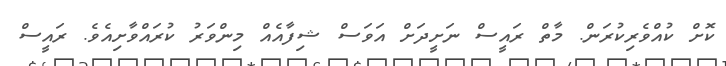
ކޮށް ކުއްވެރިކުރަން. މާތް ރައީސް ނަށީދަށް އަވަސް ޝިފާއެއް މިންވަރު ކުރައްވާށިއެވެ. ރައީސް